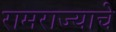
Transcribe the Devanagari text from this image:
रामराज्याचे